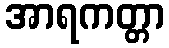
အာရကတ္တာ